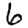
Digit: 6